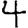
Digit: 4